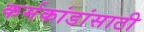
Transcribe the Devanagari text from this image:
कर्मकांडांसाठी